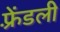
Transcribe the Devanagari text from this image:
फ़्रेंडली